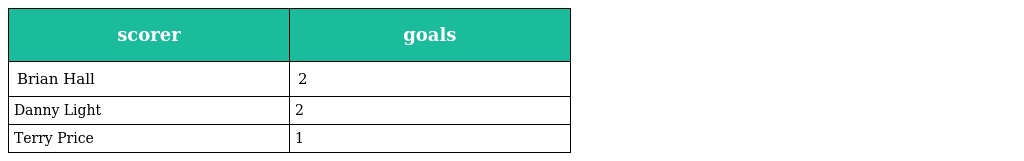
| scorer | goals |
 | --- | --- |
 | Brian Hall | 2 |
 | Danny Light | 2 |
 | Terry Price | 1 |